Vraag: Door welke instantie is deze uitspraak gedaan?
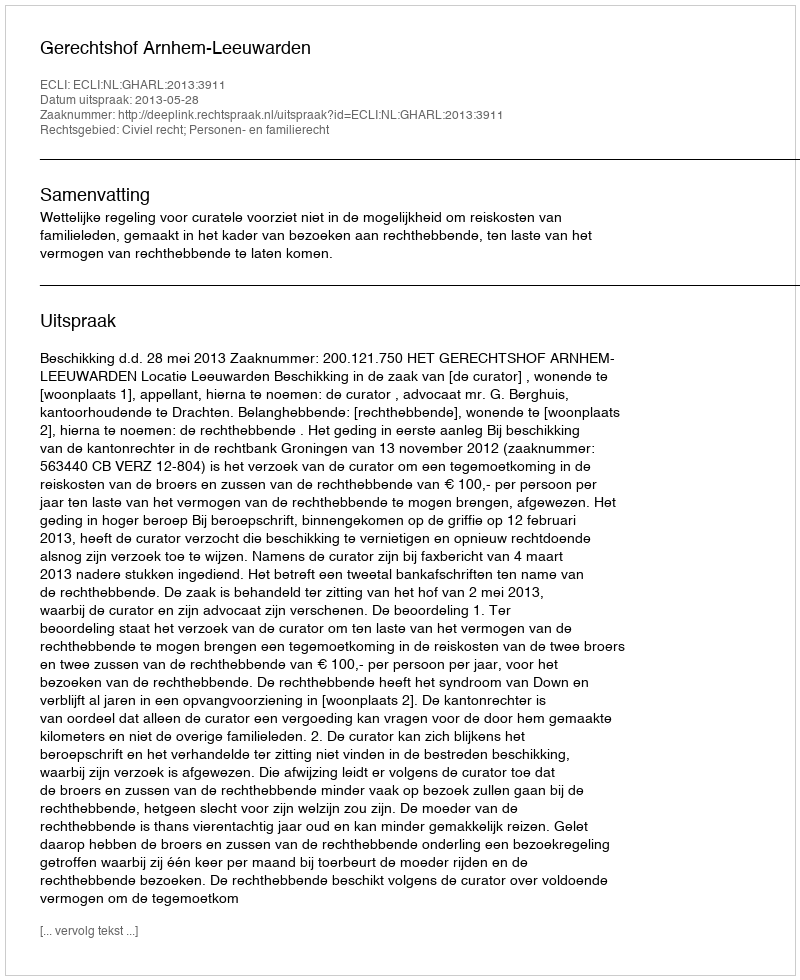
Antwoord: Gerechtshof Arnhem-Leeuwarden